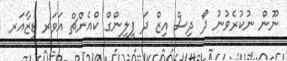
ނޫން ނުކުރެވުނު ދޯ ދިސް އިޒް ދަ ފީލިންގް ކްއެންޗް އަވަރ ޑިޒާއަރ